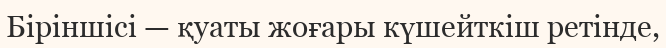
Біріншісі — қуаты жоғары күшейткіш ретінде,